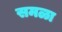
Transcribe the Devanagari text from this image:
समळा